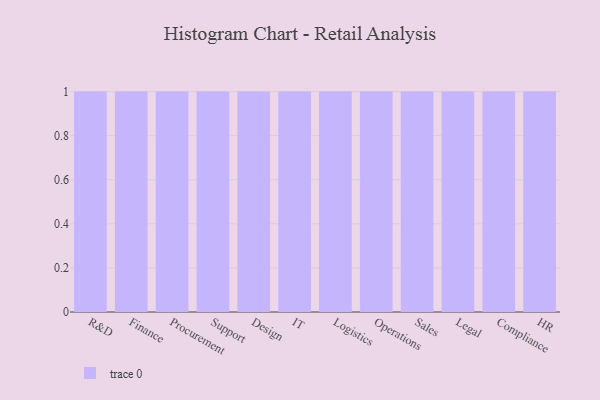
{"axis": {"x": "Department", "y": "Inventory Turnover"}, "legend": [""], "data": [{"x": "R&D", "y": 44, "type": ""}, {"x": "Finance", "y": 54, "type": ""}, {"x": "Procurement", "y": 62, "type": ""}, {"x": "Support", "y": 34, "type": ""}, {"x": "Design", "y": 91, "type": ""}, {"x": "IT", "y": 29, "type": ""}, {"x": "Logistics", "y": 96, "type": ""}, {"x": "Operations", "y": 9, "type": ""}, {"x": "Sales", "y": 3, "type": ""}, {"x": "Legal", "y": 62, "type": ""}, {"x": "Compliance", "y": 89, "type": ""}, {"x": "HR", "y": 45, "type": ""}]}